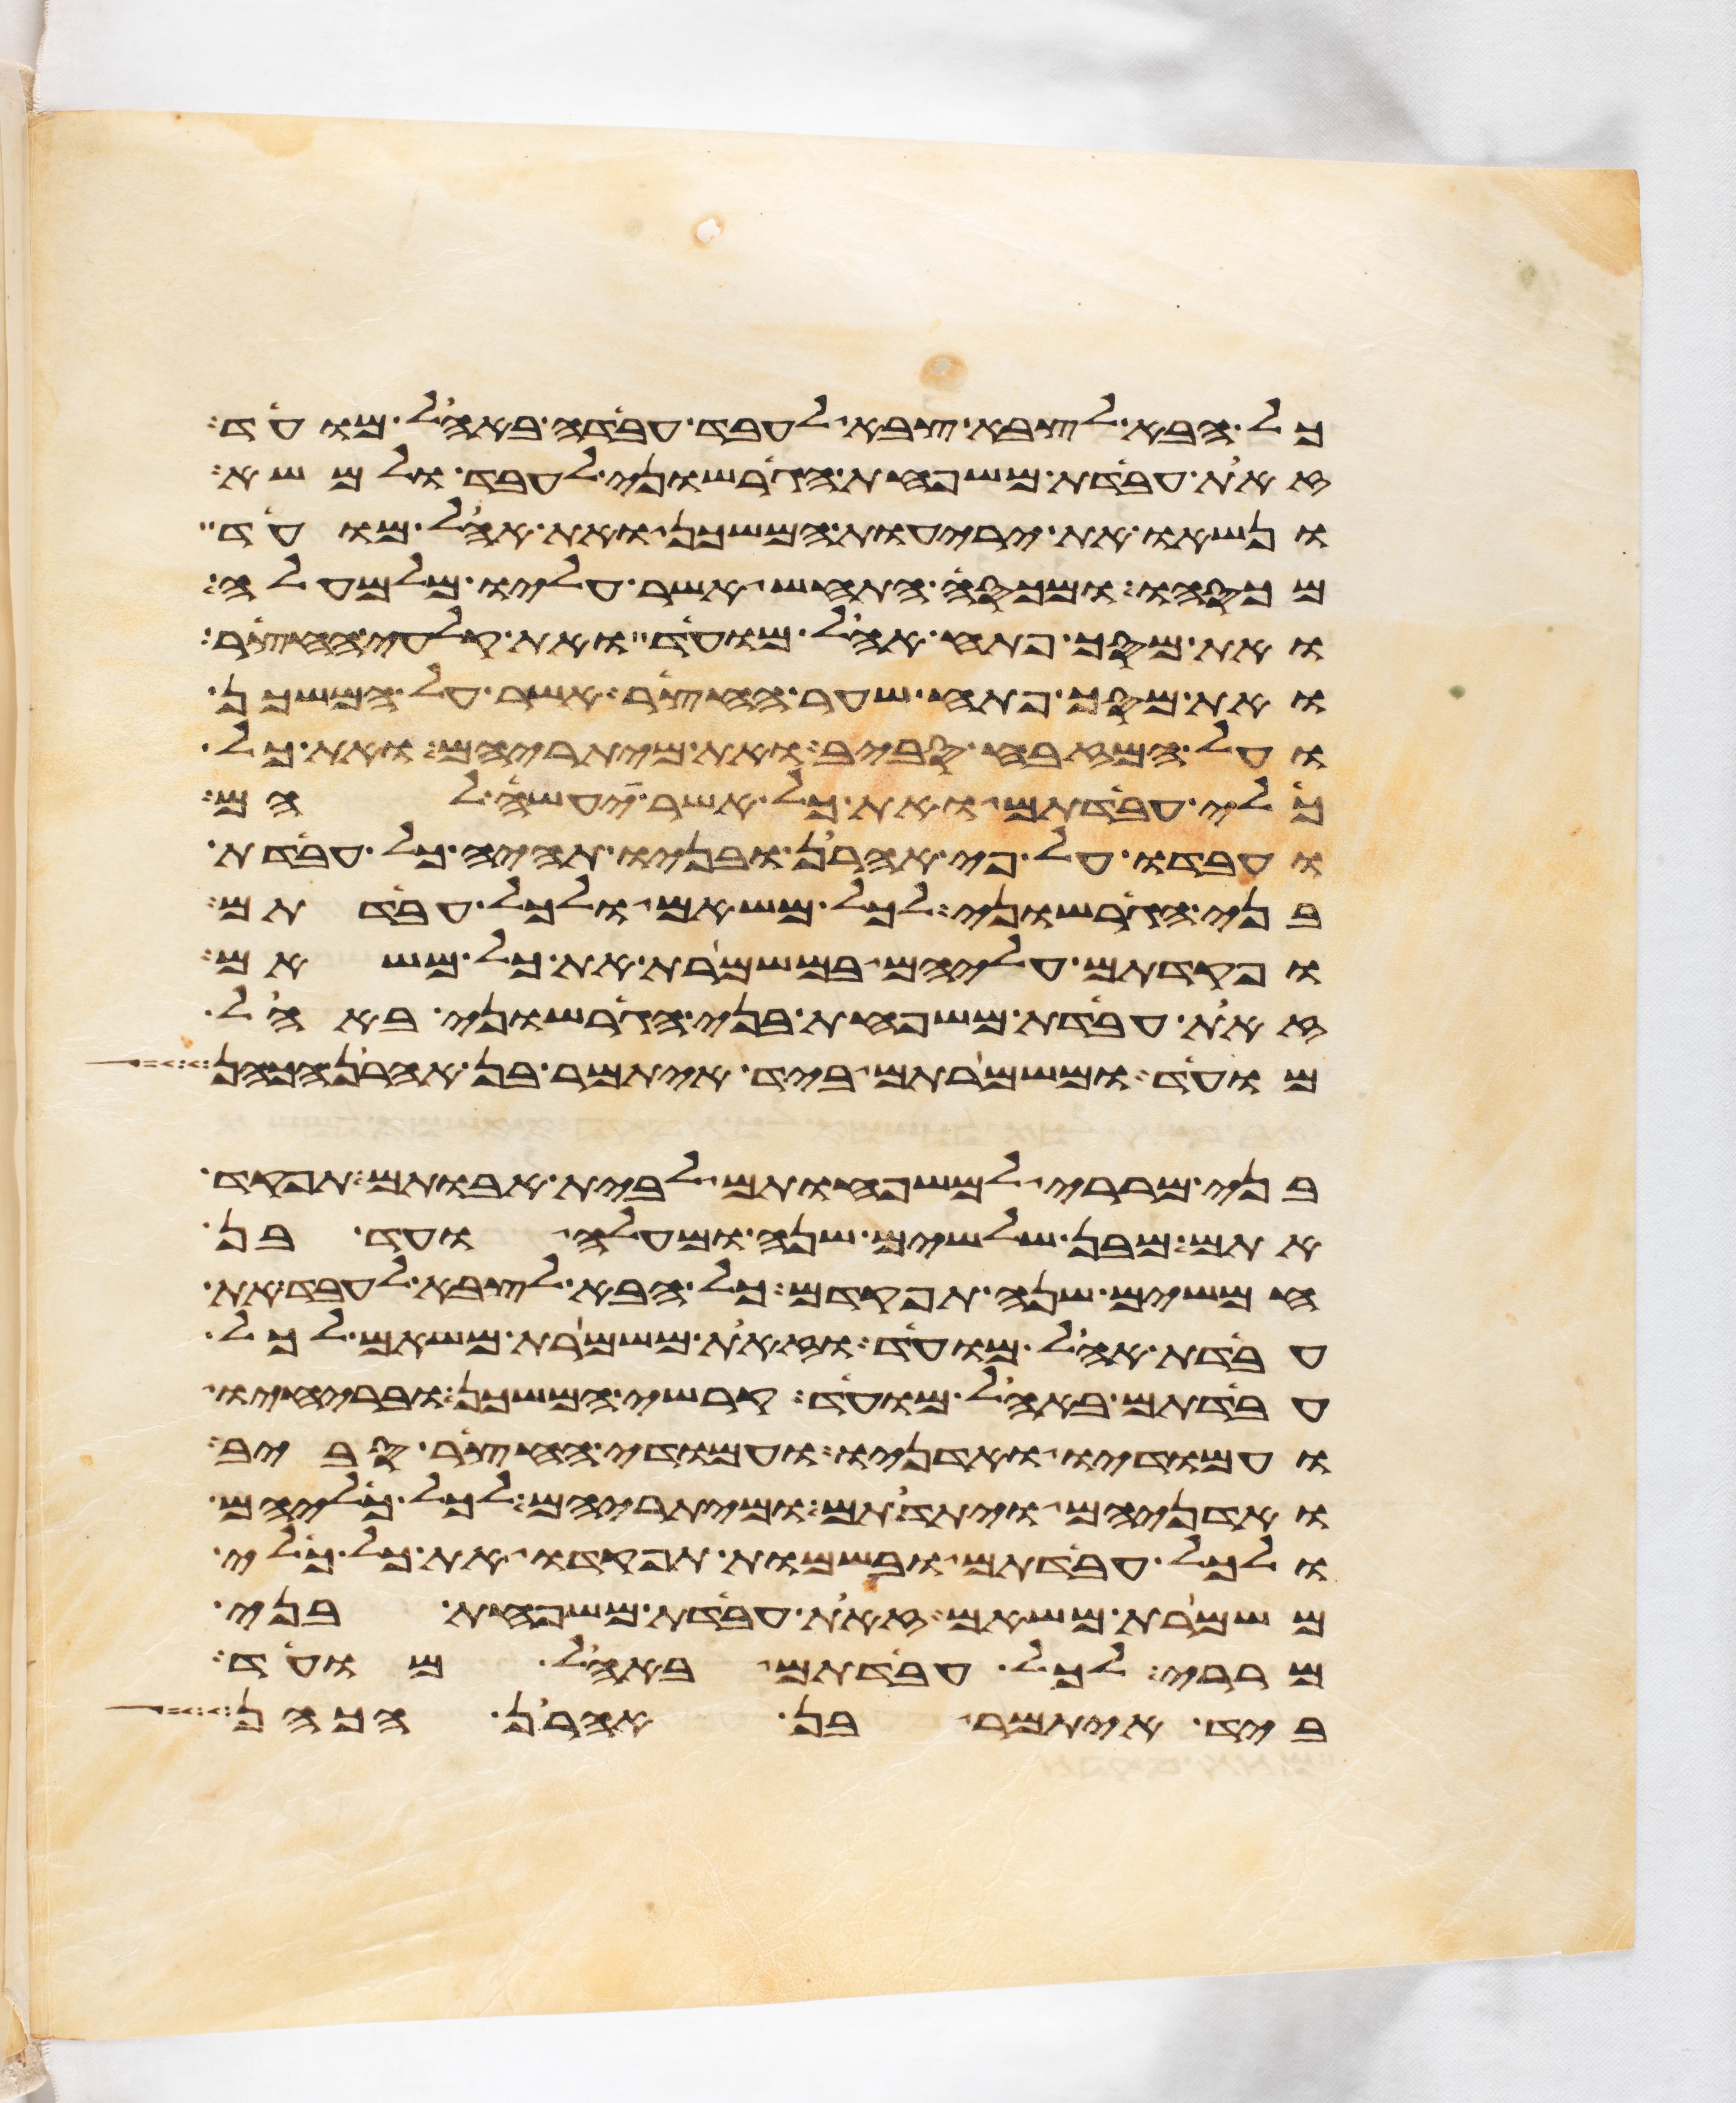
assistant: כל הבא לצבא צבא לעבד עבדה באהל מועד
זאת עבדת משפחת הגרשוני לעבד ולמשא
ונשאו את יריעות המשכן ואת אהל מועד
מכסהו ומכסה התחש אשר עליו מלמעלה
ואת מסך פתח אהל מועד ואת קלעי החצר
ואת מסך פתח שער החצר אשר על המשכן
ועל המזבח סביב ואת מיתריהם ואת כל
כלי עבדתם ואת כל אשר יעשה להם
ועבדו על פי אהרן ובניו תהיה כל עבדת
בני הגרשוני לכל משאם ולכל עבדתם
ופקדתם עליהם במשמרת את כל משאם
זאת עבדת משפחת בני הגרשוני באהל
מועד ומשמרתם ביד איתמר בן אהרן הכהן
בני מררי למשפחותם לבית אבותם תפקד
אתם מבן שלשים שנה ומעלה ועד בן
חמשים שנה תפקדם כל הבא לצבא לעבד את
עבדת אהל מועד וזאת משמרת משאם לכל
עבדתם באהל מועד קרשי המשכן ובריחיו
ועמודיו ואדניו ועמודי החצר סביב
ואדניהם ויתדתם ומיתריהם לכל כליהם
ולכל עבדתם ובשמות תפקדו את כל כלי
משמרת משאם זאת עבדת משפחת בני
מררי לכל עבדתם באהל מועד
ביד איתמר בן אהרן הכהן